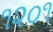
૧૨૦૧